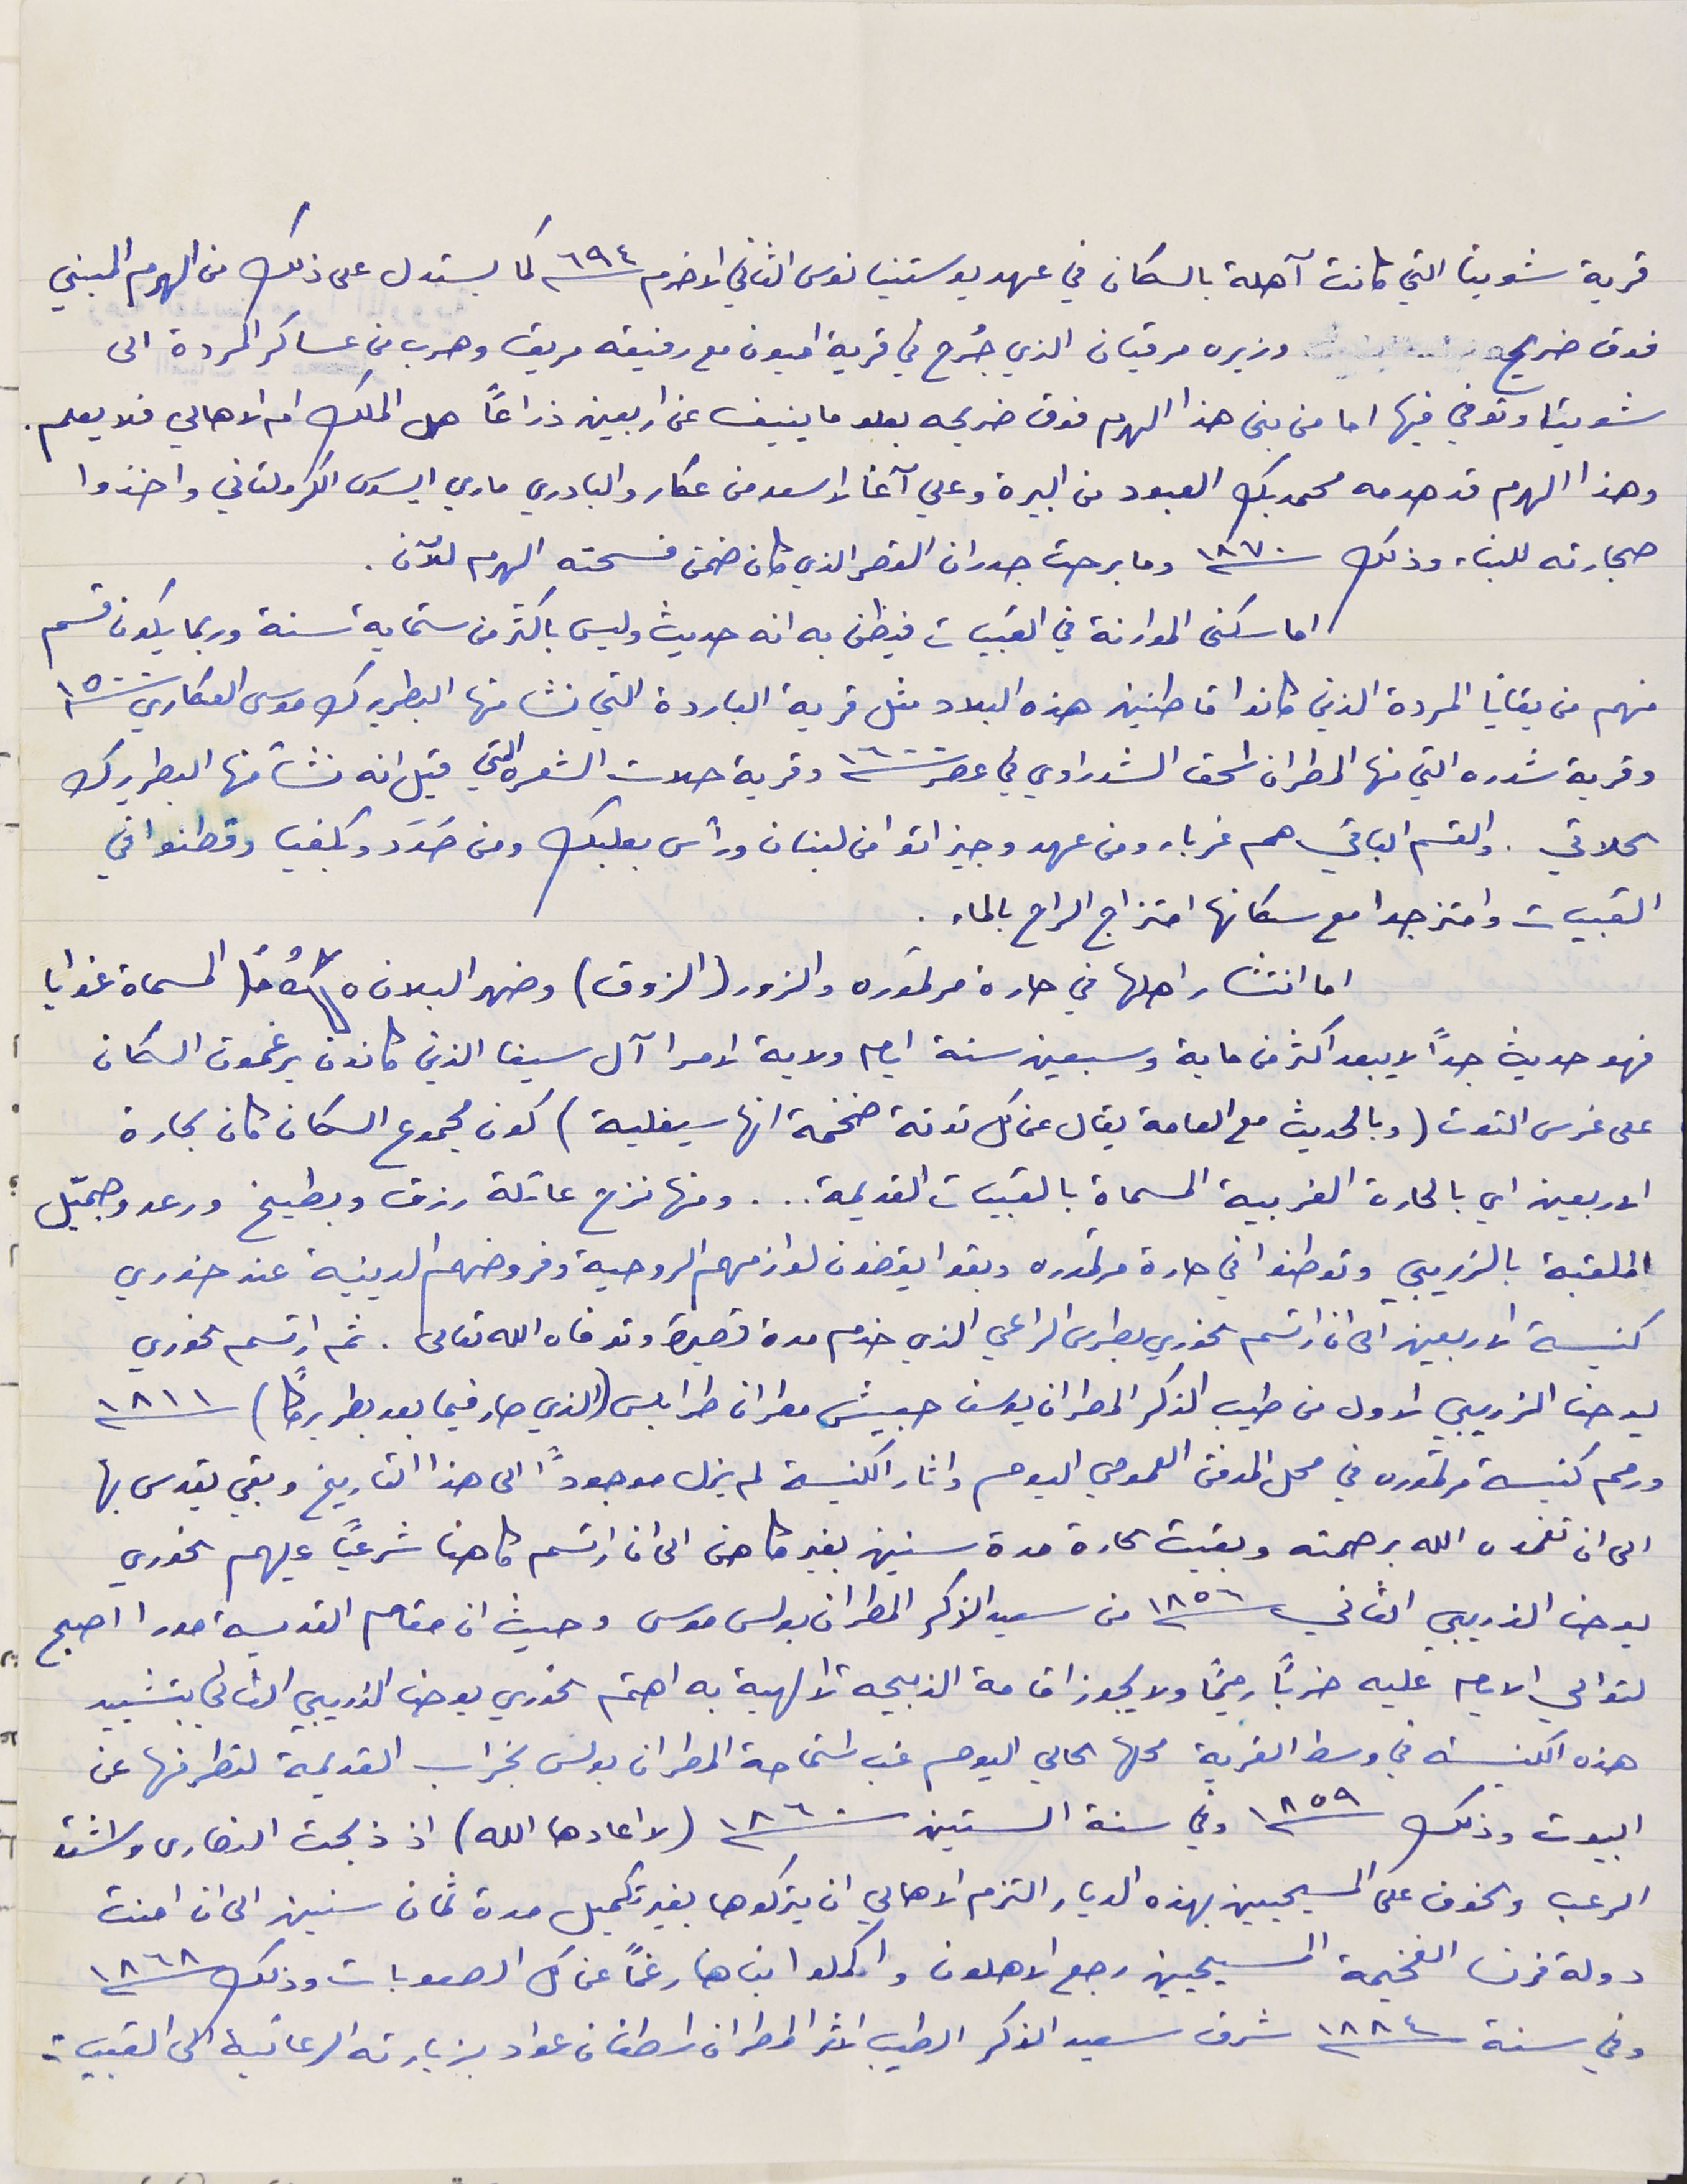
قرية شويتا التي كانت آهلة بالسكان في عهد يوستنيانوس الثاني الاخرم سنة ٦٩٤ كما يستدل على ذلك من الهرم المبني
فوق ضريح              وزيره مرقيان الذي جُرح في قرية اميون مع رفيقه مريق وهرب من عساكر المردة الى
شويتا وتوفي فيها اما من بنى هذا الهرم فوق ضريحه يعلو ما ينيف عن أربعين ذراعًا هل الملك ام الاهالي فلا يعلم .
وهذا الهرم قد هدمه محمد بك العبود من البيرة وعلي آغا الاسعد من عكار والبادري ماري ايسوس الكرملتاني واخذوا
حجارته للبناء وذلك سنة ١٨٧٠ وما برحت جدران القصر الذي كان ضمن فسحته الهرم للآن.
اما سكنى الموارنة في القبيات فيظن به انه حديث وليس باكثر من ستماية سنة وربما يكون قسم
منهم من بقايا المردة الذين كانوا قاطنين هذه البلاد مثل قرية الباردة التي نشا منها البطريرك موسى العكاري سنة ١٥٠٠
وقرية شدره التي منها المطران اسحق الشدراوي في عصر سنة ١٦٠٠ وقرية حلات الشعره التي قيل انه نشأ منها البطريرك
الحلاتي. والقسم الباقي هم غرباء ومن عهد وجيز اتوا من لبنان ورأس بعلبك ومن حَدَد وبكفيا وقطنوا في
القبيات وامتزجوا مع سكانها امتزاج الراح بالماء.
اما انتشار اهلها في حارة مرتوره والزور (الذوق) وضهر البلان المسماة غوايا
فهو حديث جدًا لا يبعد اكثر من ماية وسبعين سنة أيام ولاية الامرا آل سيفا الذين كانون يرغمون السكان
على غرس التوت (وبالحديث مع العامة يقال عن كل توته ضخمة انها سيفلية) كون مجموع السكان كان بحارة
الاربعين اي بالحارة الغربية المسماة بالقبيات القديمة . . . ومنها نزح عائلة رزق وبطيخ ورعد وجميّل
الملقبة بالذريبي وتوطنوا في حارة مرتموره وبقوا يقضون لوازمهم الروحية وفروضهم الدينية عند خوري
كنيسة الاربعين الى ان ارتسم الخوري بطرس الراعي الذي خدم لمدة قصيرة وتوفاه الله تعالى. ثم ارتسم الخوري
يوحنا الزريبي الاول من طيب الذكر المطران يوسف حبيش مطران طرابلس (الذي صار فيما بعد بطريركًا) سنة ١٨١١
ورمم كنيسة مرتموره في محل المدفن العمومي اليوم واثار الكنيسة لم يزل موجودًا الى هذا التاريخ وبقي يقدس بها
يوحنا الذريبي الثاني سنة ١٨٥٦ من سعيد الذكر المطران بولس موسى وحيث ان مقام القديسة مورا اصبح
لتوالي الايام عليه ضرباً رحيمًا ولا يجوز اقامة الذبيحة الالهية به اهتم الخوري يوحنا الذريبي الثاني بتشييد
هذه الكنيسة في وسط القرية محلها الحالي اليوم غب استماحة المطران بولس بخراب القديمة لتطرفها عن
البيوت وذلك سنة ١٨٥٩ وفي سنة الستين سنة ١٨٦٠ (لا اعادها الله) اذ ذبحت النصارى واشتد
الرعب والخوف على المسيحيين بهذه الديار التزم الاهالي ان يتركوها بغير تكميل مدة ثمان سنين الى ان امنت
دولة فرنسا الفخيمة المسيحيين رجع الاهلون واكملوا بناها رغماً عن كل الصعوبات وذلك سنة ١٨٦٨
وفي سنة ١٨٨٤شرف سعيد الذكر الطيب الاثر المطران اسطفان عواد بزيارته الرعائية الى القبيات
الى ان تغمده الله برحمته وبقيت الحارة مدة سنين بغير كاهن الى ان ارتسم كاهنا شرعياً عليهم الخوري